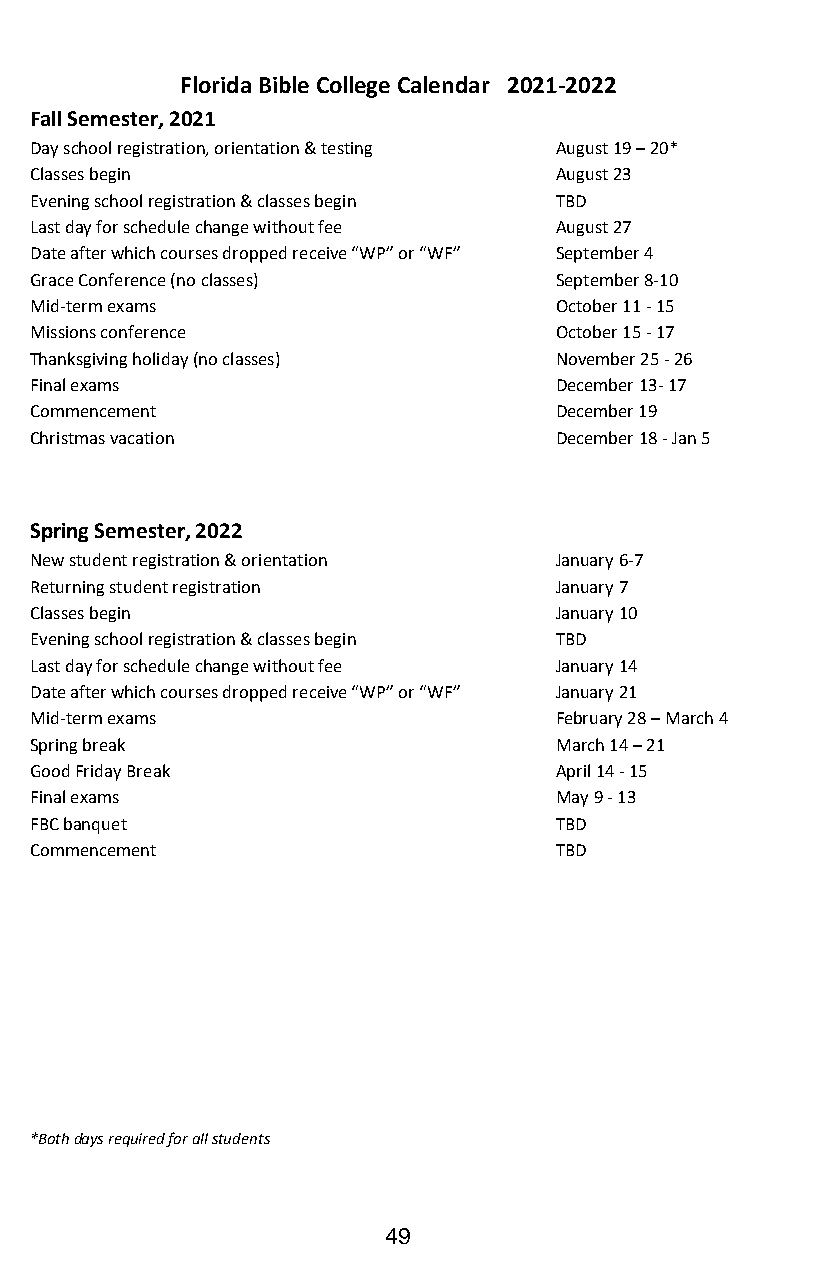
Florida Bible College Calendar 2021-2022
 Fall Semester, 2021
 Day school registration, orientation & testing August 19 – 20*
 Classes begin                      August 23
 Evening school registration & classes begin TBD
 Last day for schedule change without fee August 27
 Date after which courses dropped receive “WP” or “WF” September 4
 Grace Conference (no classes)      September 8-10
 Mid-term exams                     October 11 - 15
 Missions conference                October 15 - 17
 Thanksgiving holiday (no classes)  November 25 - 26
 Final exams                        December 13- 17
 Commencement                       December 19
 Christmas vacation                 December 18 - Jan 5
 Spring Semester, 2022
 New student registration & orientation January 6-7
 Returning student registration     January 7
 Classes begin                      January 10
 Evening school registration & classes begin TBD
 Last day for schedule change without fee January 14
 Date after which courses dropped receive “WP” or “WF” January 21
 Mid-term exams                     February 28 – March 4
 Spring break                       March 14 – 21
 Good Friday Break                  April 14 - 15
 Final exams                        May 9 - 13
 FBC banquet                        TBD
 Commencement                       TBD
 *Both days required for all students
 49